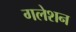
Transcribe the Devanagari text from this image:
गलेशन